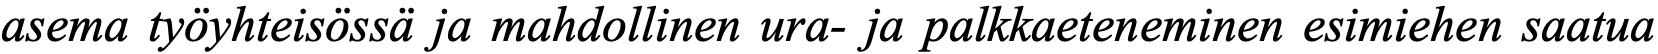
asema työyhteisössä ja mahdollinen ura- ja palkkaeteneminen esimiehen saatua